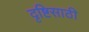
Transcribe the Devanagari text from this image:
दृष्टिसाठी